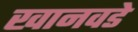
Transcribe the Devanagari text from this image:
खानवडे